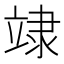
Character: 䇐